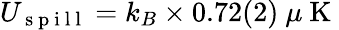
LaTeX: U_{\mathrm{~s~p~i~l~l~}}=k_{B}\times 0.72(2)~\mu\mathrm{~K~}